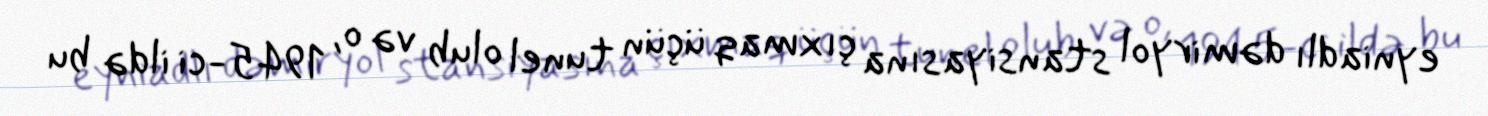
eyniadlı dəmiryol stansiyasına çıxmaq üçün tunel olub və o, 1945-ci ildə bu